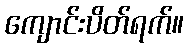
ကျောင်းပိတ်ရက်။